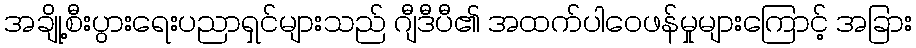
အချို့စီးပွားရေးပညာရှင်များသည် ဂျီဒီပီ၏ အထက်ပါဝေဖန်မှုများကြောင့် အခြား